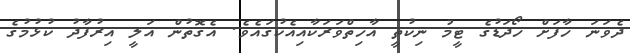
ދެވަނަ ހާފަށް ހޯދަޑުގެ ޓީމު ނިކުތީ އާހިތްވަރަކާއިއެކުގައެވެ. އެގޮތުން އަލީ އިރުފާދު ކުޅުމުގެ